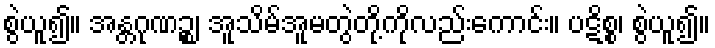
စွဲယူ၍။ အန္တဂုဏဉ္စ၊ အူသိမ်အူမတွဲတို့ကိုလည်းကောင်း။ ပဋိစ္စ၊ စွဲယူ၍။